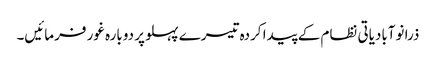
ذرا نوآبادیاتی نظام کے پیدا کردہ تیسرے پہلو پر دوبارہ غور فرمائیں۔